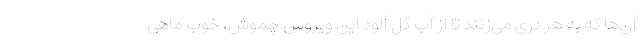
آن‌ها که به هر دری می‌زنند تا از آب گل آلود این ویروس چموش، خوب ماهی